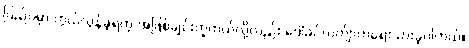
ပြည်ပမှာ ကွယ်လွန်ခဲ့ရတဲ့ အဖြစ်ချင်းတူတယ်လို့လည်း ဒေါ်ခင်လက်ျာကရေးသားခဲ့ပါတယ်။